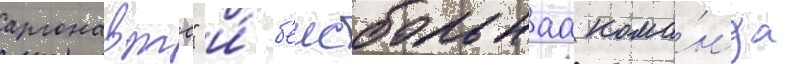
аргонавтс" и́ б'еисбольнаа кома́нда